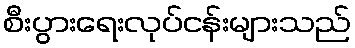
စီးပွားရေးလုပ်ငန်းများသည်